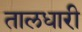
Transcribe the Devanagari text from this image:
तालधारी